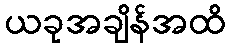
ယခုအချိန်အထိ